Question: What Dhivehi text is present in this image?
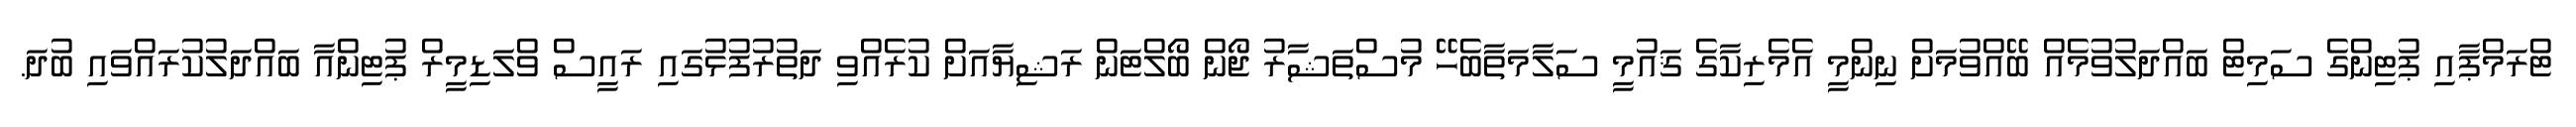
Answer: ޓްރަމްޕާއި ޕުޓިންގެ ސަމިޓް ބައްދަލުވުމެއް ބޭއްވުމަށް ނިންމީ އެމެރިކާގެ ޤައުމީ ސަލާމަތާބެހޭ މުސްތަޝާރު ޖޯން ބޯލްޓަން ރަޝިޔާއަށް ކުރެއްވި ދަތުރުފުޅުގައި ރައީސް ވްލަޑިމީރް ޕުޓިންއާ ބައްދަލުކުރައްވައި ބުދަ.